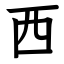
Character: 西